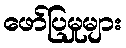
ဖော်ပြမှုများ